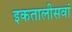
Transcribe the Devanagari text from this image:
इकतालीसवां